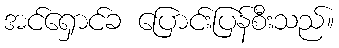
အင်ရှောင်ခ ပြောင်းပြန်စီးသည်။